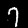
Digit: 7